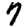
Digit: 7